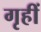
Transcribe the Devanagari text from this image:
गृहीं